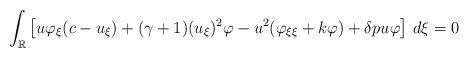
LaTeX: \begin{align*}\int_{\mathbb{R}} \left[u\varphi_{\xi}(c-u_{\xi})+(\gamma+1)(u_{\xi})^{2}\varphi-u^{2}(\varphi_{\xi\xi}+k\varphi)+\delta pu\varphi \right]\, d\xi=0\end{align*}